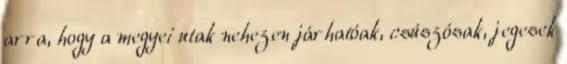
arra, hogy a megyei utak nehezen járhatóak, csúszósak, jegesek